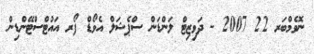
ނޮވެމްބަރ 22 2007 - ދަވިޒިޓް ލަންޑަން ސްޕެޝަލް އެވޯޑް ފޯރ އައުޓްސްޓޭންޑިން